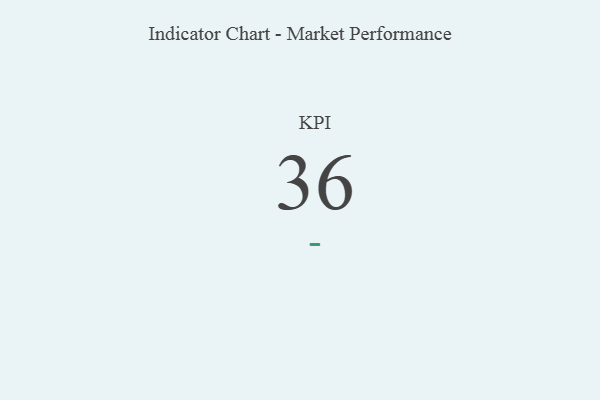
{"axis": {"x": "KPI", "y": "Value"}, "legend": [""], "data": [{"x": "KPI", "y": 36, "type": ""}]}